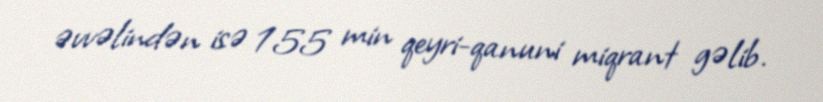
əvvəlindən isə 155 min qeyri-qanuni miqrant gəlib.